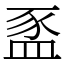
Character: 䀃